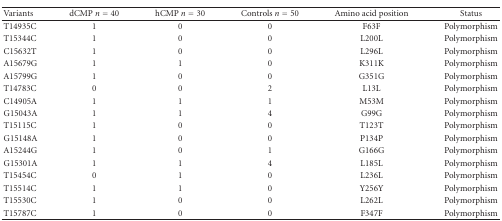
<table><thead><tr><td><b>Variants</b></td><td><b> dCMP <i>n</i> = 40</b></td><td><b> hCMP <i>n</i> = 30</b></td><td><b>Controls <i>n</i> = 50</b></td><td><b>Amino acid position</b></td><td><b> Status</b></td></tr></thead><tbody><tr><td>T14935C</td><td>1</td><td>0</td><td>0</td><td>F63F</td><td>Polymorphism</td></tr><tr><td>T15344C</td><td>1</td><td>0</td><td>0</td><td>L200L</td><td>Polymorphism</td></tr><tr><td>C15632T</td><td>1</td><td>0</td><td>0</td><td>L296L</td><td>Polymorphism</td></tr><tr><td>A15679G</td><td>1</td><td>1</td><td>0</td><td>K311K</td><td>Polymorphism</td></tr><tr><td>A15799G</td><td>1</td><td>0</td><td>0</td><td>G351G</td><td>Polymorphism</td></tr><tr><td>T14783C</td><td>0</td><td>0</td><td>2</td><td>L13L</td><td>Polymorphism</td></tr><tr><td>C14905A</td><td>1</td><td>1</td><td>1</td><td>M53M</td><td>Polymorphism</td></tr><tr><td>G15043A</td><td>1</td><td>1</td><td>4</td><td>G99G</td><td>Polymorphism</td></tr><tr><td>T15115C</td><td>1</td><td>0</td><td>0</td><td>T123T</td><td>Polymorphism</td></tr><tr><td>G15148A</td><td>1</td><td>0</td><td>0</td><td>P134P</td><td>Polymorphism</td></tr><tr><td>A15244G</td><td>1</td><td>0</td><td>1</td><td>G166G</td><td>Polymorphism</td></tr><tr><td>G15301A</td><td>1</td><td>1</td><td>4</td><td>L185L</td><td>Polymorphism</td></tr><tr><td>T15454C</td><td>0</td><td>1</td><td>0</td><td>L236L</td><td>Polymorphism</td></tr><tr><td>T15514C</td><td>1</td><td>1</td><td>0</td><td> Y256Y</td><td>Polymorphism</td></tr><tr><td>T15530C</td><td>1</td><td>0</td><td>0</td><td>L262L</td><td>Polymorphism</td></tr><tr><td>T15787C</td><td>1</td><td>0</td><td>0</td><td>F347F</td><td>Polymorphism</td></tr></tbody></table>